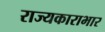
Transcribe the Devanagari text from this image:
राज्यकाराभार